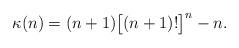
LaTeX: \begin{align*}\kappa(n)=(n+1)\big[(n+1)!\big]^{n}-n.\end{align*}